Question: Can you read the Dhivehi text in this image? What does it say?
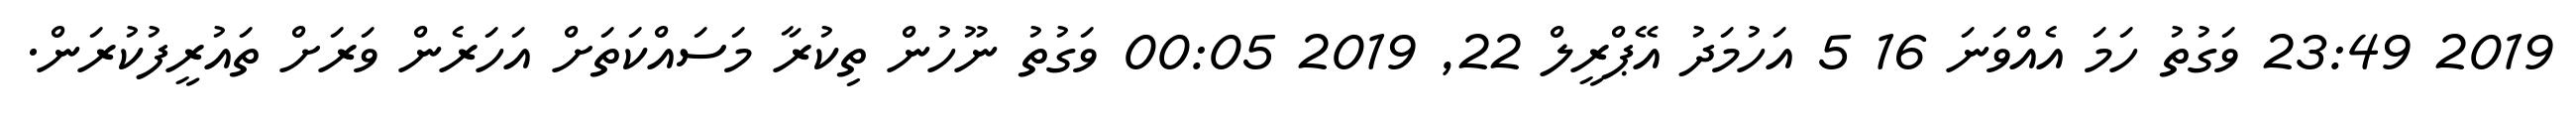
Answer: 2019 23:49 ވަގުތު ހަމަ އެއްވަނަ 16 5 އަހުމަދު އޭޕްރީލް 22, 2019 00:05 ވަގުތު ނޫހުން ތިކުރާ މަސައްކަތަށް އަހަރެން ވަރަށް ތައުރީފުކުރަން.